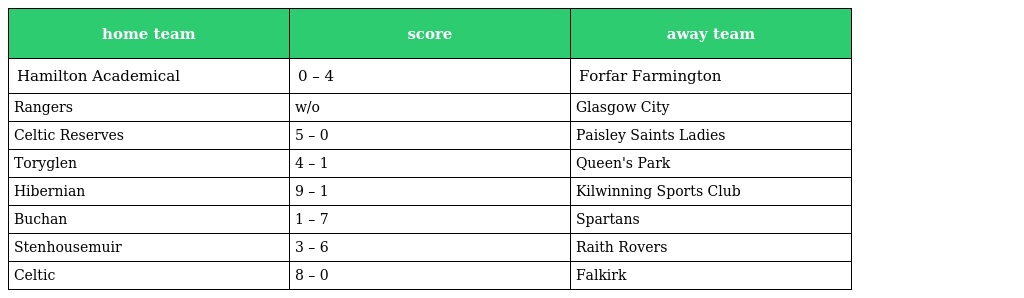
| home team | score | away team |
 | --- | --- | --- |
 | Hamilton Academical | 0 – 4 | Forfar Farmington |
 | Rangers | w/o | Glasgow City |
 | Celtic Reserves | 5 – 0 | Paisley Saints Ladies |
 | Toryglen | 4 – 1 | Queen's Park |
 | Hibernian | 9 – 1 | Kilwinning Sports Club |
 | Buchan | 1 – 7 | Spartans |
 | Stenhousemuir | 3 – 6 | Raith Rovers |
 | Celtic | 8 – 0 | Falkirk |